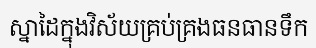
ស្នាដៃក្នុងវិស័យគ្រប់គ្រងធនធានទឹក